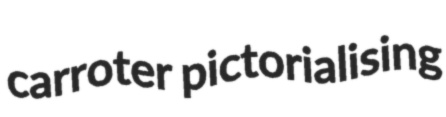
carroter pictorialising